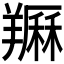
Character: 𦏈